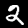
Digit: 2